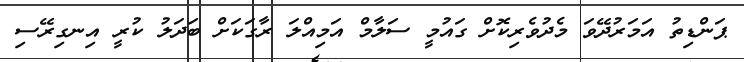
ޕަންޑިތު އަމަރުދޭވަ މެދުވެރިކޮށް ގައުމީ ސަލާމް އަމިއްލަ ރާގަކަށް ބަދަލު ކުރީ އިނގިރޭސި